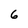
Character: 6